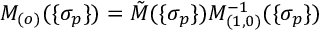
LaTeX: M _ { ( o ) } ( \{ \sigma _ { p } \} ) = \tilde { M } ( \{ \sigma _ { p } \} ) M _ { ( 1 , 0 ) } ^ { - 1 } ( \{ \sigma _ { p } \} )